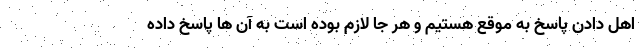
اهل دادن پاسخ به موقع هستیم و هر جا لازم بوده است به آن ها پاسخ داده